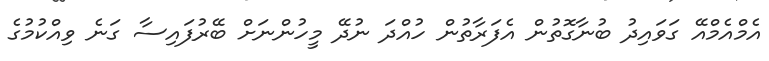
އެމްއެމްއޭ ގަވައިދު ބުނާގޮތުން އެފަރާތުން ހުއްދަ ނުދޭ މީހުންނަށް ބޭރުފައިސާ ގަނެ ވިއްކުމުގެ